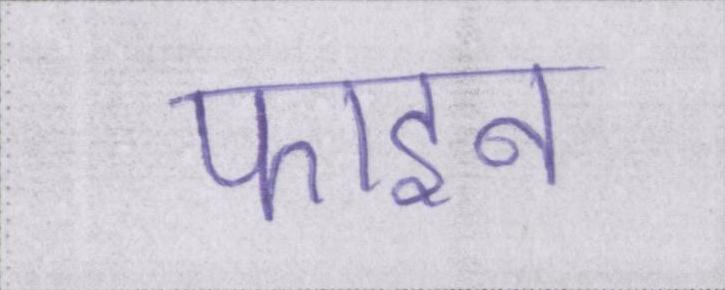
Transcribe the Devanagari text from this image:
फाइन